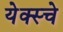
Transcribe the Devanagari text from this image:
येक्स्चे